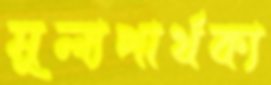
মূল্যপার্থক্য